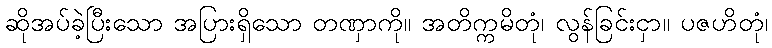
ဆိုအပ်ခဲ့ပြီးသော အပြားရှိသော တဏှာကို။ အတိက္ကမိတုံ၊ လွန်ခြင်းငှာ။ ပဇဟိတုံ၊